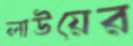
লাউয়ের